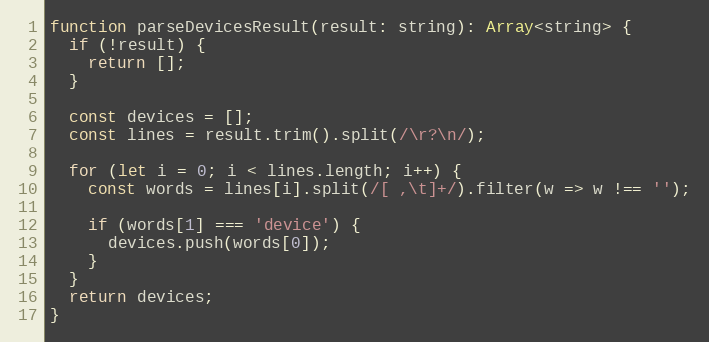
Language: JavaScript
function parseDevicesResult(result: string): Array<string> {
  if (!result) {
    return [];
  }

  const devices = [];
  const lines = result.trim().split(/\r?\n/);

  for (let i = 0; i < lines.length; i++) {
    const words = lines[i].split(/[ ,\t]+/).filter(w => w !== '');

    if (words[1] === 'device') {
      devices.push(words[0]);
    }
  }
  return devices;
}